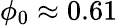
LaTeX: \phi_{0}\approx 0.61